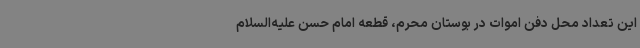
این تعداد محل دفن اموات در بوستان محرم، قطعه امام حسن علیه‌السلام